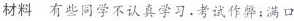
材料 有些同学不认真学习。考试作弊；满口